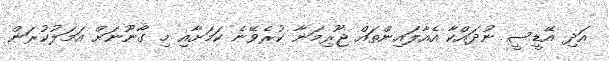
އަދި އޭޑީސީ ނުދައްކާ އެއާލައިންތައް ޖޫރިމަނާ ކުރެވޭނެ ކަމަށާއި މި ގާނޫނަށް އަމަލުކުރަން